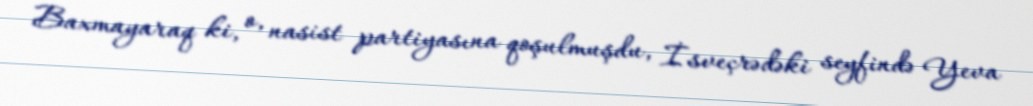
Baxmayaraq ki, o, nasist partiyasına qoşulmuşdu, İsveçrədəki seyfində Yeva